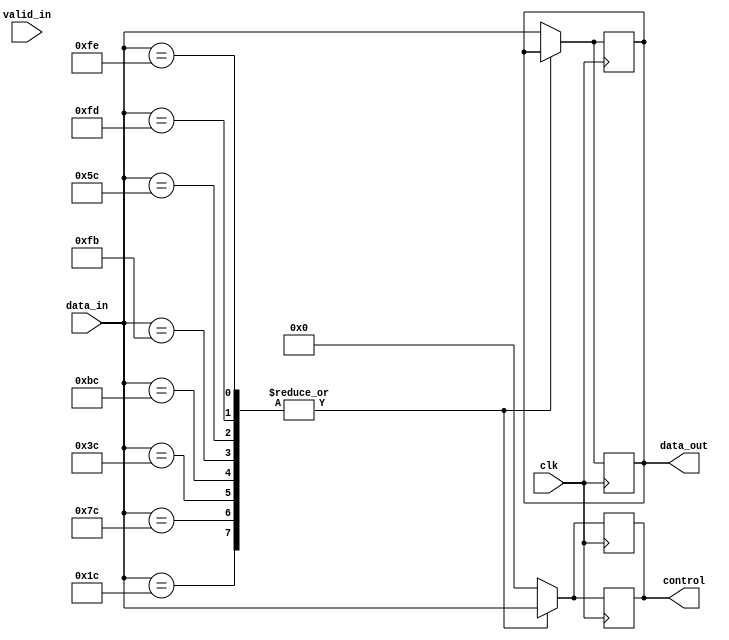
//--Modificado por Jorge Munoz Taylor
//--Circuitos digitales 2
//--I-2018

module demux (
  input valid_in,
  input [7:0] data_in,
  input clk,
  output reg [7:0] data_out,
  output reg [7:0] control
  );

  /*localparam [7:0] STP = 8'hfb,//Start and End Characters
                  SDP = 8'h5c,//Start and End Characters
                  END = 8'hfd,//Start and End Characters
                  EDB = 8'hfe,//Start and End Characters

                  SKP = 8'h1c,//Ordered-Sets
                  IDL = 8'h7c,//Ordered-Sets
                  FTS = 8'h3c,//Ordered-Sets

                  COM = 8'hbc;//COM*/
  
  reg [7:0] cable_data;

  always @* cable_data = data_in;

//**********************************************************
  always @(posedge clk) 
      case (data_in)
      //Start and End Characters
        8'hfb: control <= data_in;
        
        8'h5c: control <= data_in;
        
        8'hfd: control <= data_in;
        
        8'hfe: control <= data_in;
        
      //Ordered-Sets
        8'h1c: control <= data_in;
        
        8'h7c: control <= data_in;
        
        8'h3c: control <= data_in;
        
      //COM
        8'hbc: control <= data_in;
          
        default: begin
          data_out <= cable_data;
          control <= 8'b0;
        end
      endcase
  
  always @(negedge clk) 
      case (data_in)
        8'hfb: control <= data_in;
        
        8'h5c: control <= data_in;
        
        8'hfd: control <= data_in;
        
        8'hfe: control <= data_in;
        
      //Ordered-Sets
        8'h1c: control <= data_in;
        
        8'h7c: control <= data_in;
        
        8'h3c: control <= data_in;
        
      //COM
        8'hbc: control <= data_in;
         
        default: begin
            data_out <= cable_data;
            control <= 8'b0;
            end
      endcase
//**********************************************************
endmodule // demux